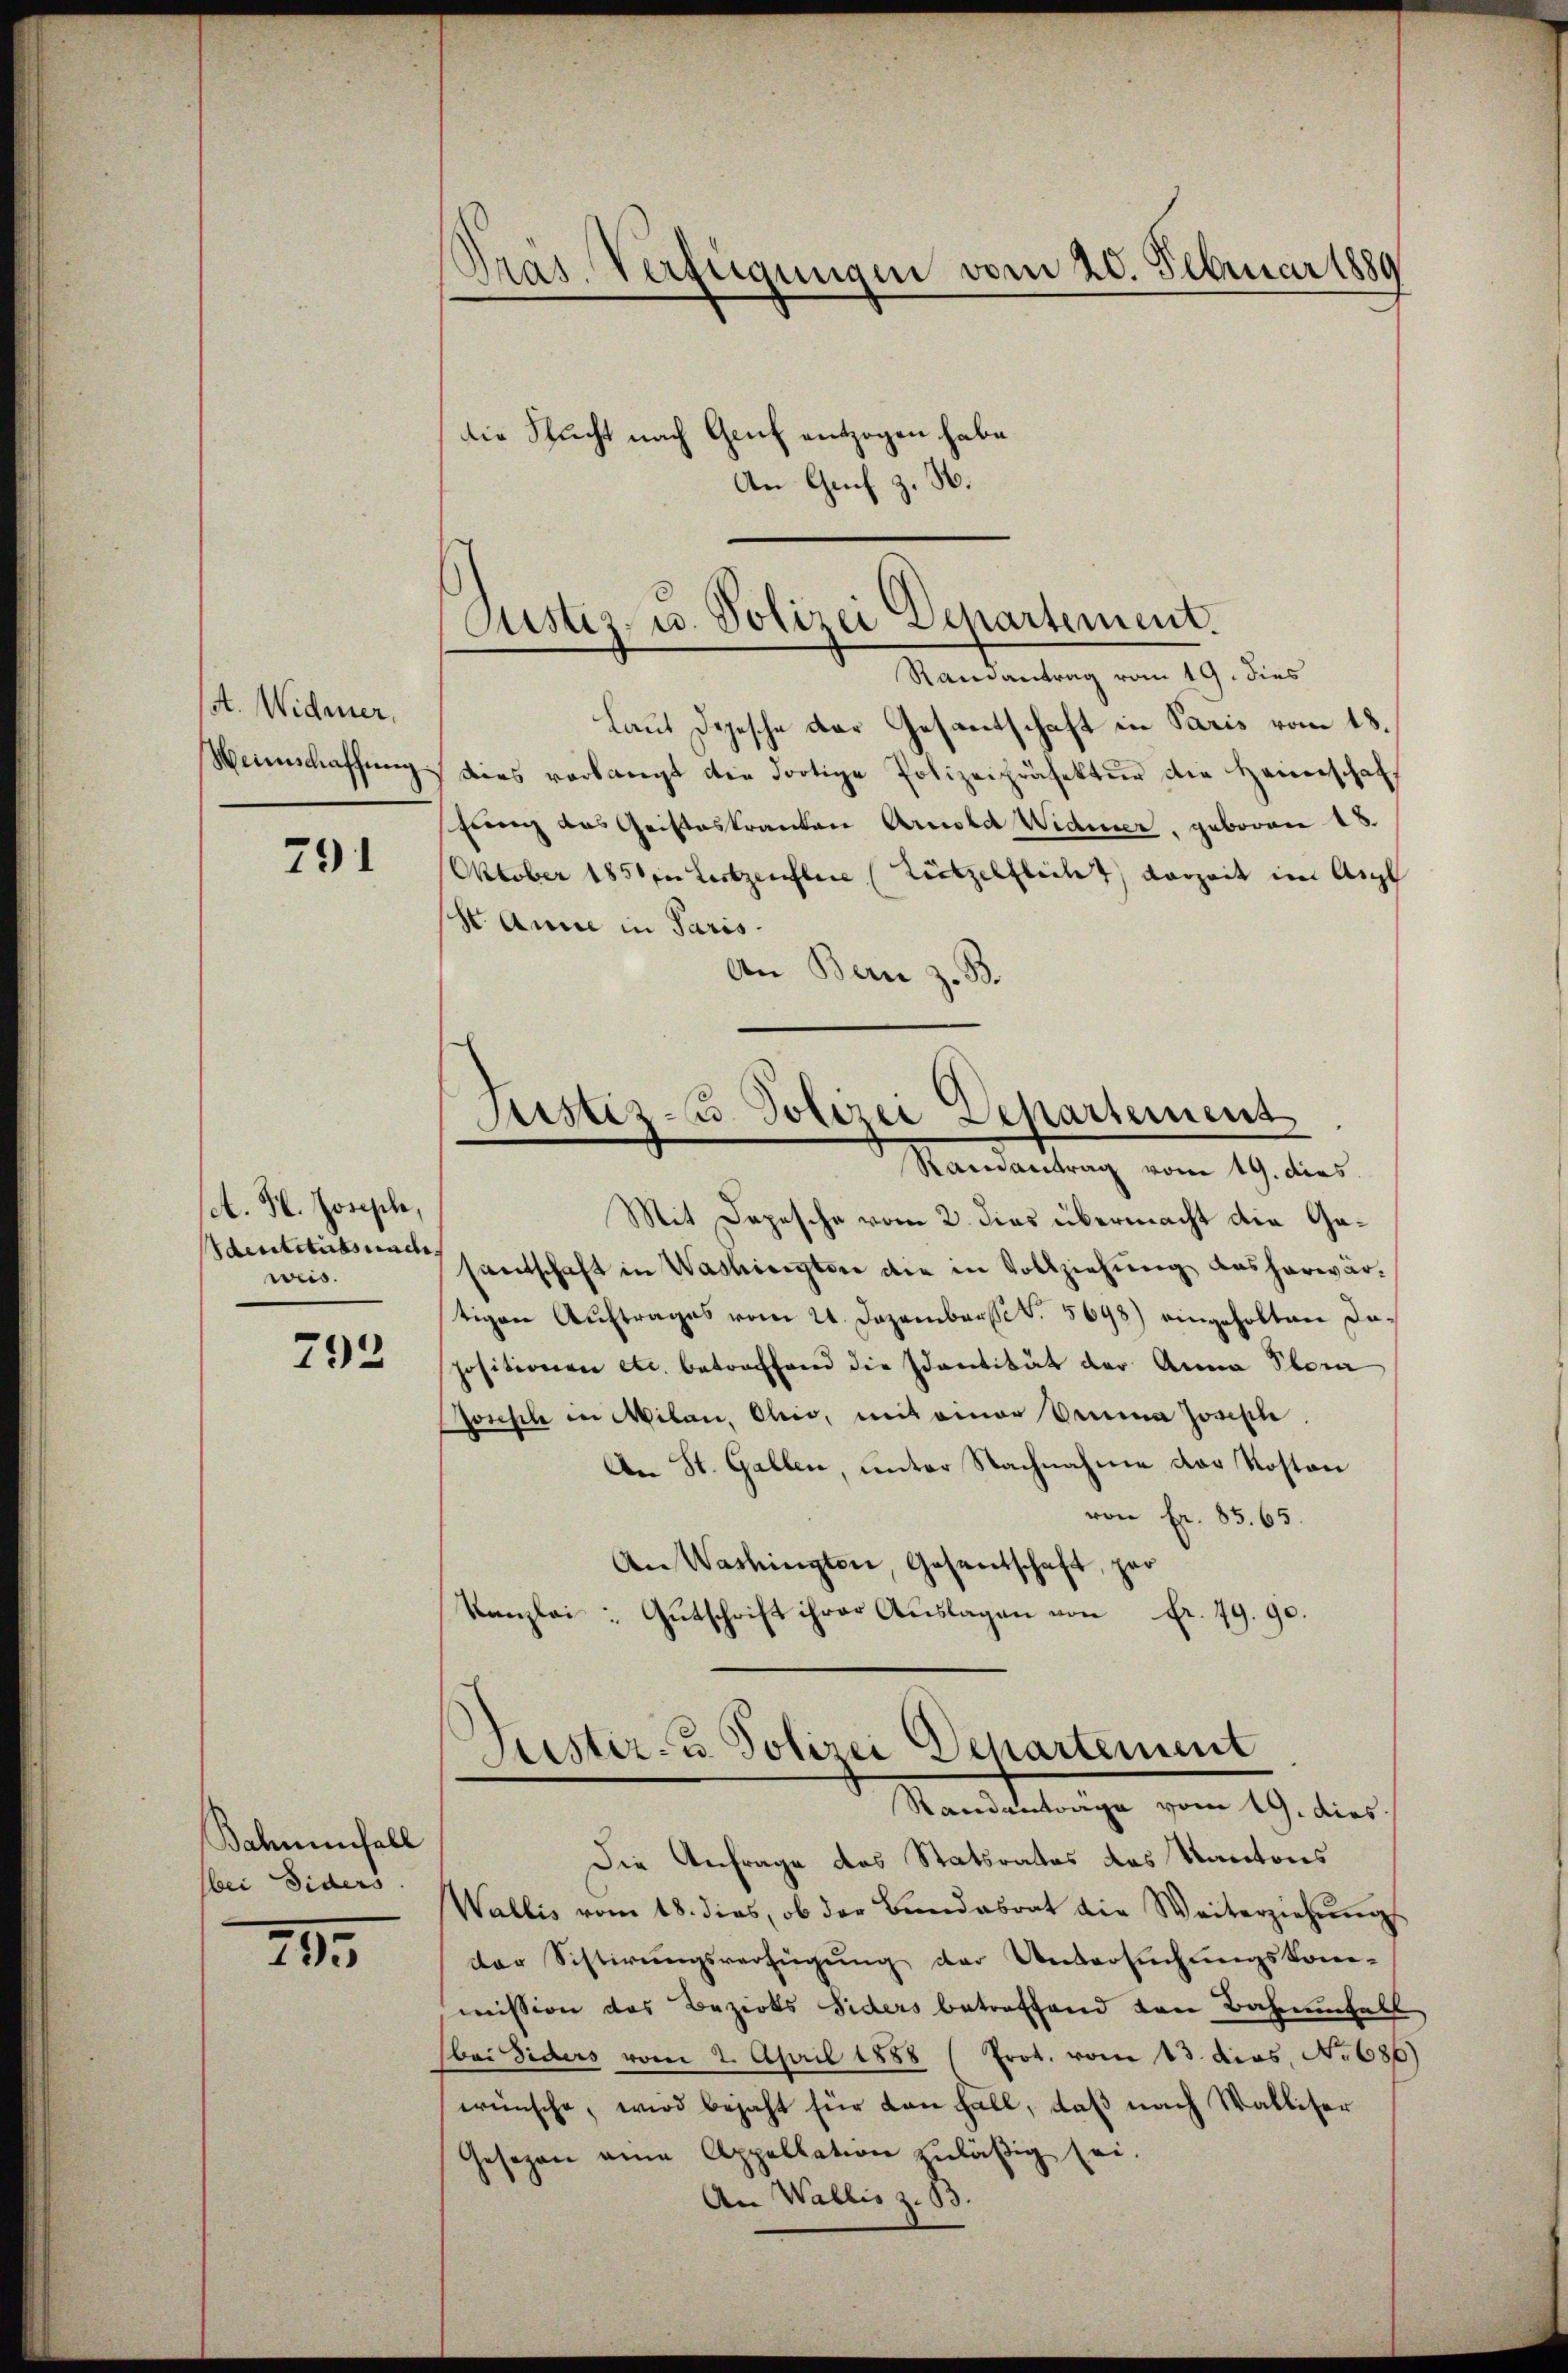
st. Widerer,
Weinschaffung

791

A. H. Joseph,
Identitätsnach
weis.

793

Balmenfall
bei Siders

243.

Pras Verfügungen vom 20. Februar 1889
die Stucht nach Genf entzogen habe.
An Grif z. H.

Justiz- u. Polizei Departement.
Randantrag vom 19. dies

Laut Depesche der Gesantschaft in Paris vom 18.
dies verlangt die dortige Polizeipräfektur die Heimschaf
fung des Geisteskranten Arnold Widmer, geboren 18.
Oktober 1851 in Leitzenflere (Zützelflecht vorzeit im Aug
St. Anne in Paris
An Bern z. B.
Mit Depesche vom 2. dies übermacht die Gesantschaft in Washinter die in Vollziehung ausharwär-
tigen Auftrages vom 21. Dezembert. 5698) eingeholten Dapositionen etc. betreffend die Identität der Anna Stora
sonsch in Wilan, Ohio, mit einer Drina Josephe
An St. Gallen, unter Nachnahme der Kosten
von Fr. 85. 65.
An Washingten, Gesentschaft, per
Kanzlei: Gutschrift ihrer Auslagen von Fr. 79. 90.

Justiz- u. Polizei Departement
Randantrag vom 19. dies

Puster- u. Polizei Departement
Randantrage vom 19. dies
Die Anfrage des Statsrates des Kantons

Wallis vom 18. dies, ob der Bundesrat die Weiterziehŭngs
der Sistirŭngsverfügŭng der Untersuchungskom-
mission des Bezirks Siders betreffend den Bahnenfall
(bei Siders vom 2. April 1888 (Prot. vom 13. Jos. No 686)
wünsche, wird bejaht für von Fall, daß nach Walliser
Gesezen eine Appellation zuläßig sei.
An Wallis z. B.